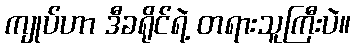
ကျုပ်ဟာ ဒီခရိုင်ရဲ့ တရားသူကြီးပဲ။